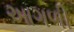
આગળી